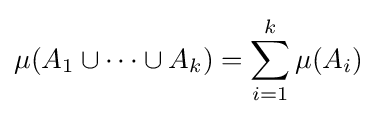
\mu (A_{1}\cup \cdots \cup A_{k})=\sum _{i=1}^{k}\mu (A_{i})